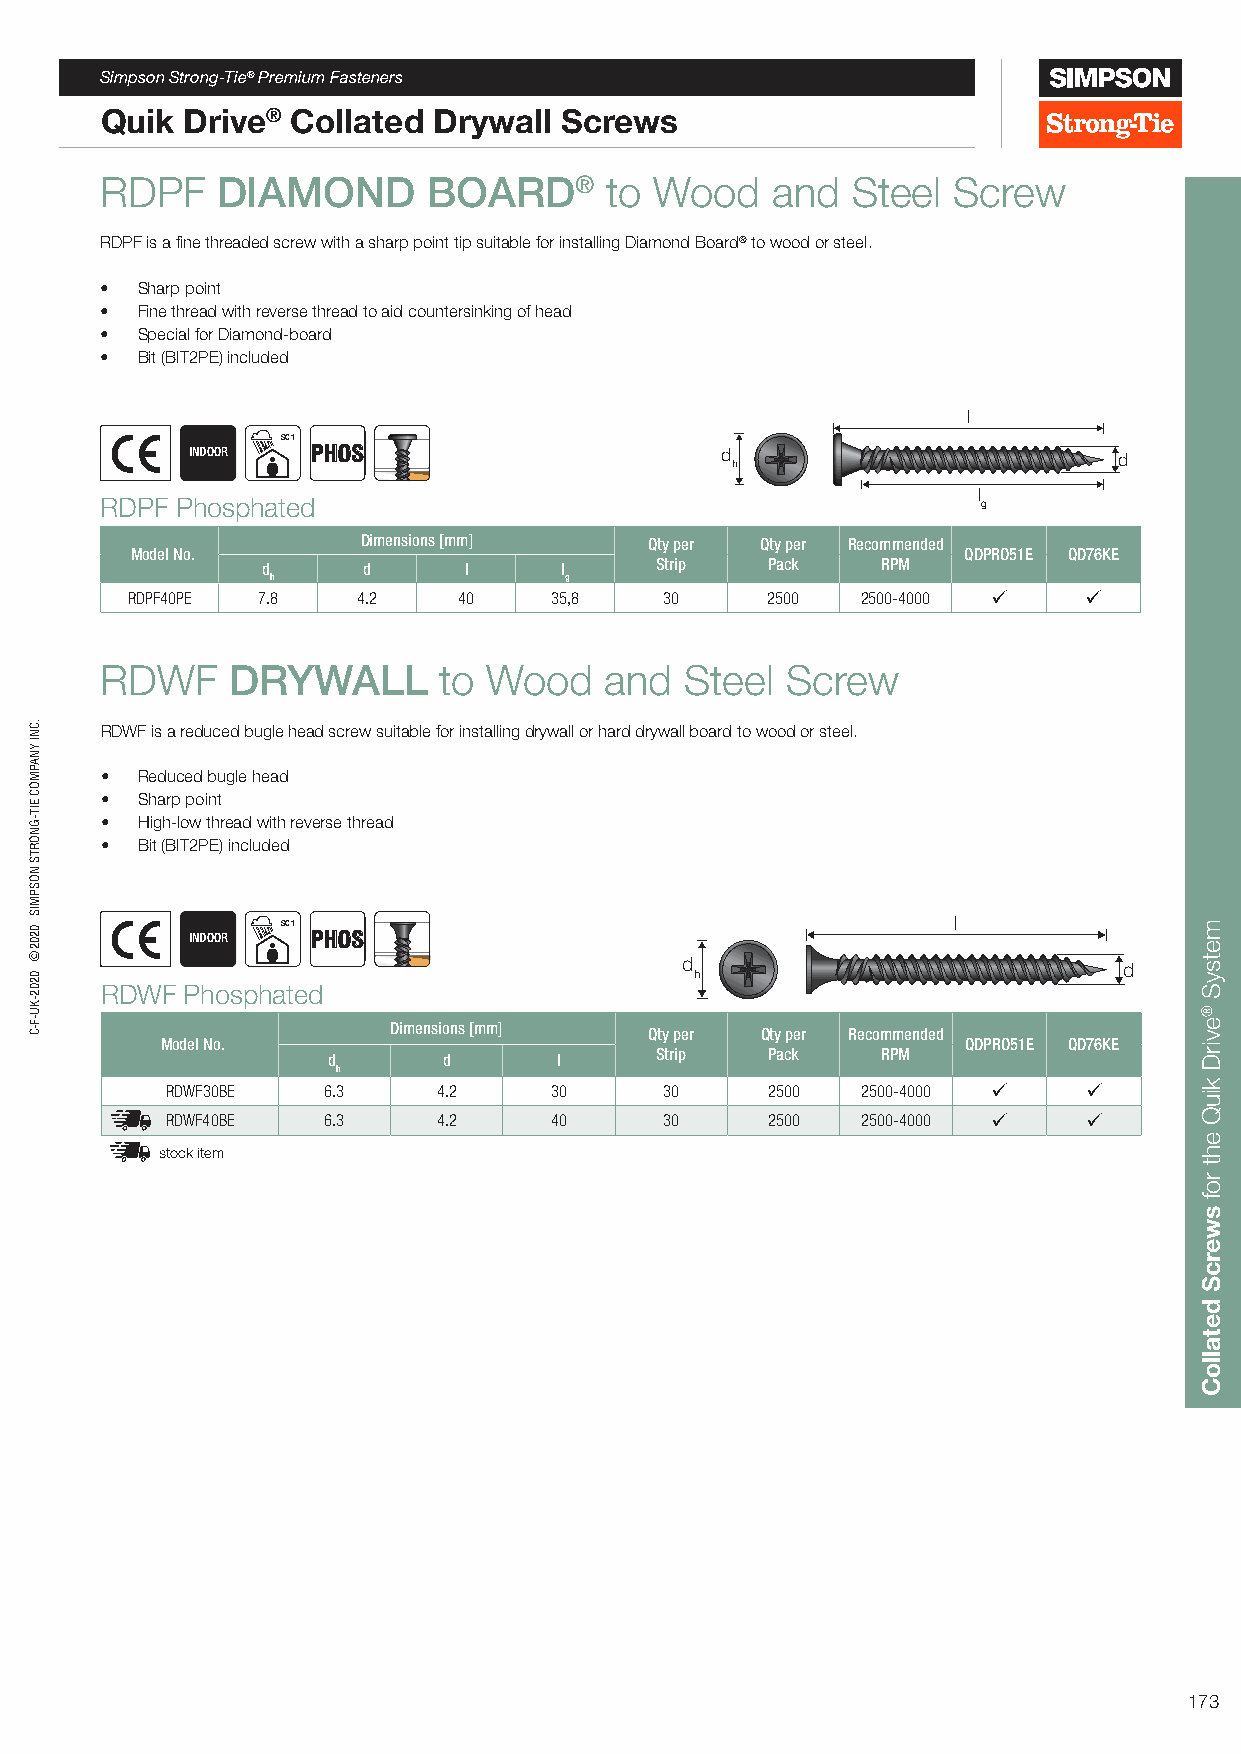
Simpson Strong-Tie® Premium Fasteners
 Quik Drive® Collated  Drywall Screws
 RDPF   DIAMOND       BOARD®      to Wood    and  Steel  Screw
 RDPF is a fine threaded screw with a sharp point tip suitable for installing Diamond Board® to wood or steel.
 • Sharp point
 • Fine thread with reverse thread to aid countersinking of head
 • Special for Diamond-board
 • Bit (BIT2PE) included
 l
 SC 1
 INDOOR   PHOS                       d                         d
 h
 l
 RDPF Phosphated                                           g
 Dimensions [mm]    Qty per Qty per Recommended
 Model No.                                              QDPRO51E QD76KE
 d      d      l     l     Strip   Pack   RPM
 h                  g
 RDPF40PE 7.8    4.2   40    35,8    30     2500  2500-4000     
 RDWF    DRYWALL       to Wood    and  Steel  Screw
 RDWF is a reduced bugle head screw suitable for installing drywall or hard drywall board to wood or steel.
 • Reduced bugle head
 • Sharp point
 • High-low thread with reverse thread
 • Bit (BIT2PE) included
 SC 1                                        l INDOOR PHOS
 d                            d
 h
 RDWF Phosphated
 Dimensions [mm]  Qty per Qty per Recommended
 Model No.                                            QDPRO51E QD76KE
 d      d       l     Strip   Pack   RPM
 h
 RDWF30BE  6.3     4.2    30      30     2500  2500-4000     
 RDWF40BE  6.3     4.2    40      30     2500  2500-4000     
 stock item
 173
 .CNI
 YNAPMOC
 EIT-GNORTS
 NOSPMIS
 0202©
 0202-KU-F-C
 metsyS
 ®evirD
 kiuQ
 eht
 rof
 swercS
 detalloC